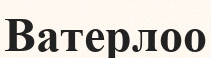
Ватерлоо